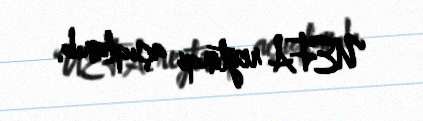
UEFA reytinqi açıqlanıb.